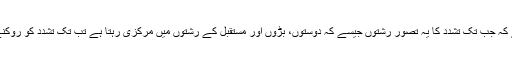
رپورٹ یہ نتیجہ اخذ کرتی ہے کہ جب تک تشدد کا یہ تصور رشتوں جیسے کہ دوستوں، بڑوں اور مستقبل کے رشتوں میں مرکزی رہتا ہے تب تک تشدد کو روکنے کے اقدام نامکمل رہتے ہیں۔